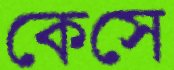
কেসে